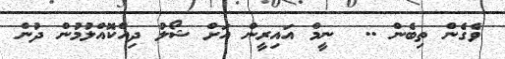
ވެގެން ތިބެން ..  ނީމް އައިރީން އަށް ޝޯލު ދިއްކޮއްލުމުން ދުން